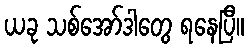
ယခု သစ်အော်ဒါတွေ ရနေပြီ။